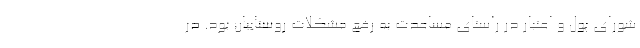
شورای پول و اعتبار در راستای مساعدت به رفع مشکلات روستاییان بود. در